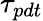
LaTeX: \tau_{pdt}